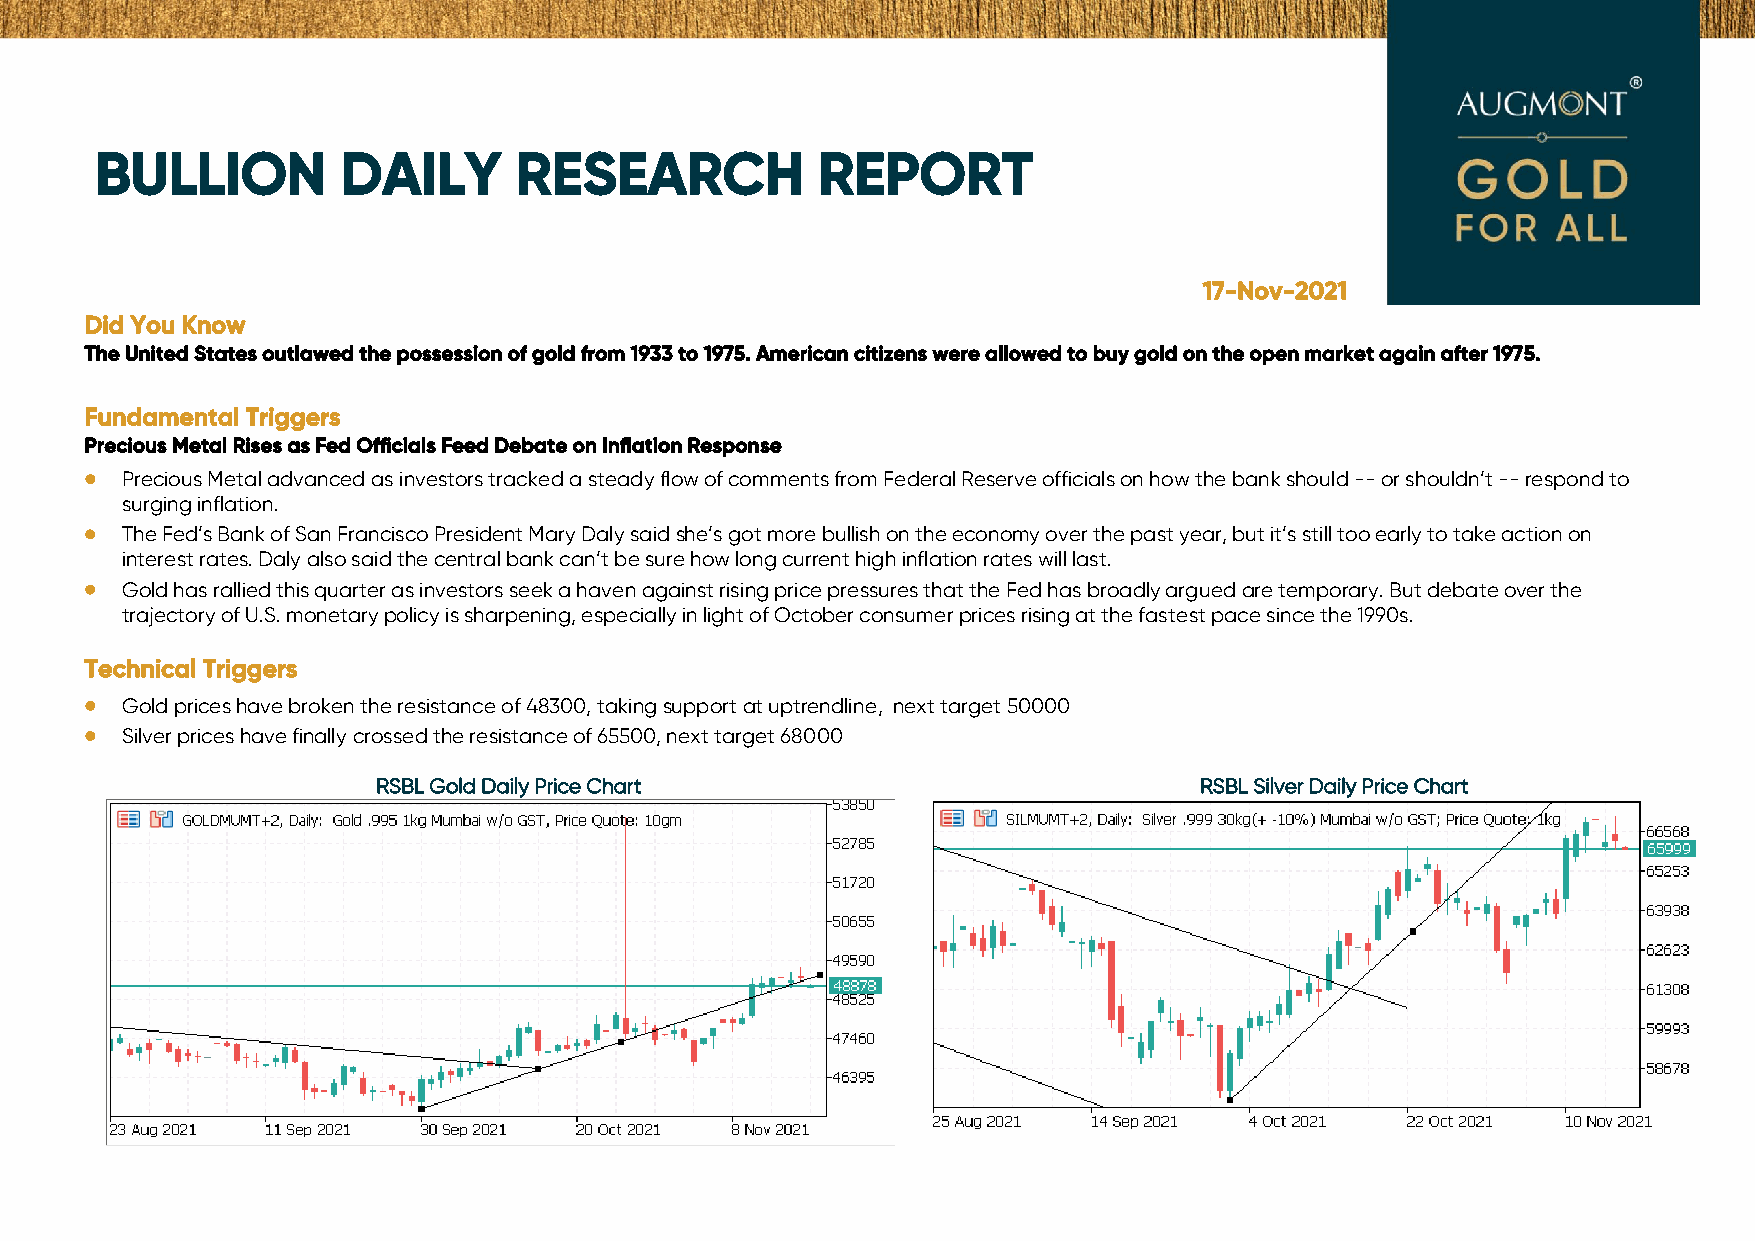
BULLION          DAILY      RESEARCH            REPORT
 17-Nov-2021
 Did You Know
 The United States outlawed the possession of gold from 1933 to 1975. American citizens were allowed to buy gold on the open market again after 1975.
 Fundamental Triggers
 Precious Metal Rises as Fed Officials Feed Debate on Inflation Response
 • Precious Metal advanced as investors tracked a steady flow of comments from Federal Reserve officials on how the bank should -- or shouldn’t -- respond to
 surging inflation.
 • The Fed’s Bank of San Francisco President Mary Daly said she’s got more bullish on the economy over the past year, but it’s still too early to take action on
 interest rates. Daly also said the central bank can’t be sure how long current high inflation rates will last.
 • Gold has rallied this quarter as investors seek a haven against rising price pressures that the Fed has broadly argued are temporary. But debate over the
 trajectory of U.S. monetary policy is sharpening, especially in light of October consumer prices rising at the fastest pace since the 1990s.
 Technical Triggers
 • Gold prices have broken the resistance of 48300, taking support at uptrendline, next target 50000
 • Silver prices have finally crossed the resistance of 65500, next target 68000
 RSBL Gold Daily Price Chart                           RSBL Silver Daily Price Chart